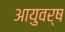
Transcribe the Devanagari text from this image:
आयुवर्ष